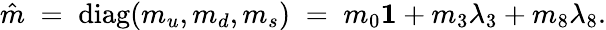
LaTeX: \hat{m}\; =\; \mathrm{diag}(m_{u},m_{d},m_{s})\; =\; m_{0}{\mathbf 1}+m_{3}\lambda_{3}+m_{8}\lambda_{8}.